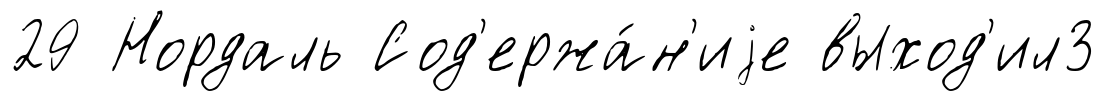
29 Нордаль Сод'ержа́н'иjе выход'ил3